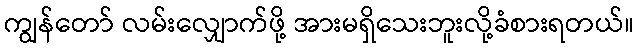
ကျွန်တော် လမ်းလျှောက်ဖို့ အားမရှိသေးဘူးလို့ခံစားရတယ်။